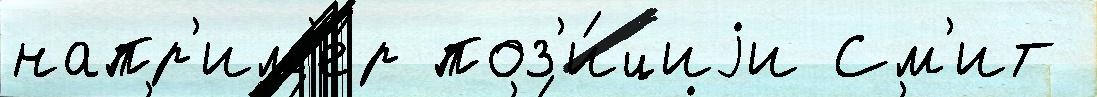
напр'им'е́р поз'и́циjи См'ит